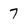
Character: 7